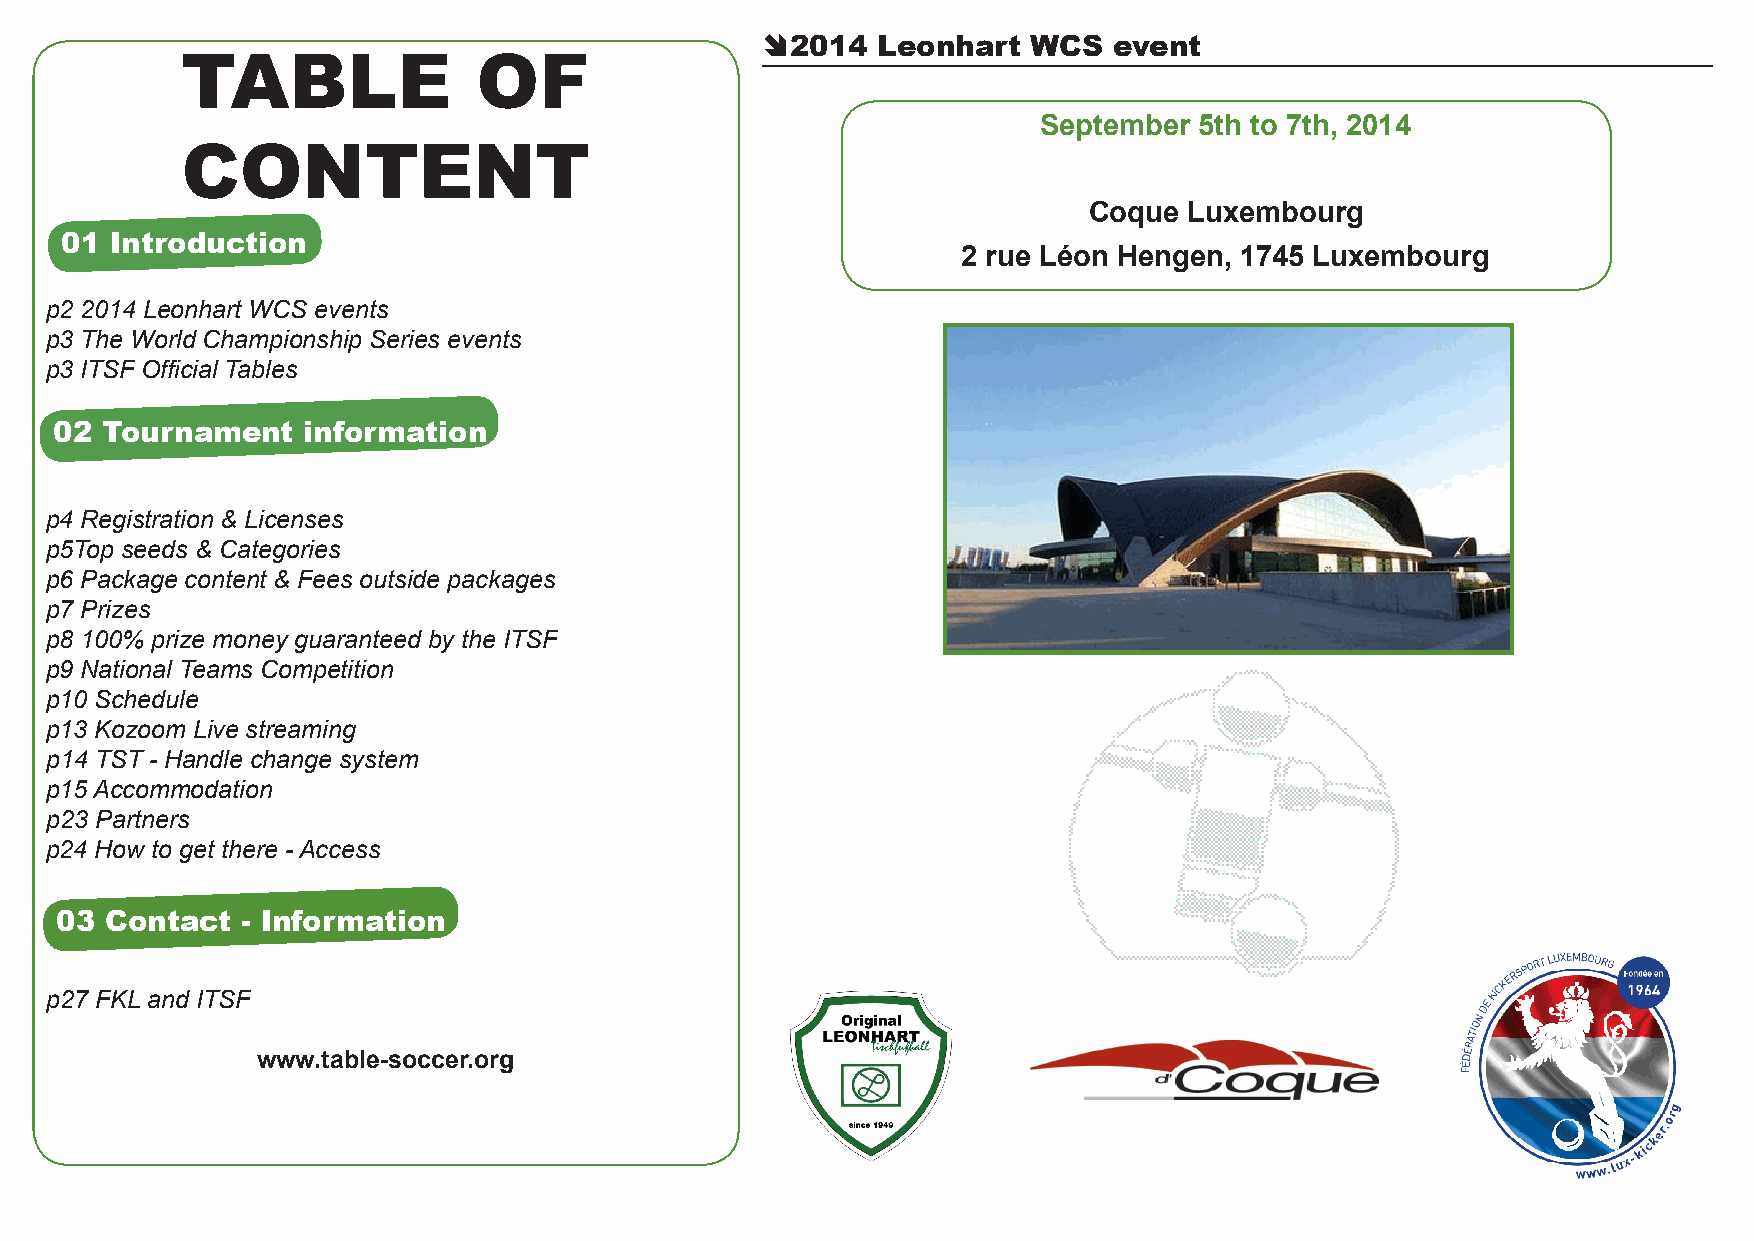
Ê 2014  Leonhart  WCS   event
 TABLE               OF
 September 5th to 7th, 2014
 CONTENT
 Coque  Luxembourg
 01 Introduction
 2 rue Léon Hengen, 1745 Luxembourg
 p2 2014 Leonhart WCS events
 p3 The World Championship Series events
 p3 ITSF Official Tables
 02 Tournament   information
 p4 Registration & Licenses
 p5Top seeds & Categories
 p6 Package content & Fees outside packages
 p7 Prizes
 p8 100% prize money guaranteed by the ITSF
 p9 National Teams Competition
 p10 Schedule
 p13 Kozoom Live streaming
 p14 TST - Handle change system
 p15 Accommodation
 p23 Partners
 p24 How to get there - Access
 03 Contact  - Information
 p27 FKL and ITSF
 www.table-soccer.org